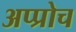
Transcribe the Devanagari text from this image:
अप्प्रोच